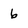
Character: 6